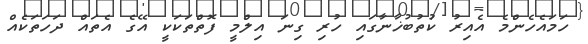
ހަމައެހެންމެ އެއިރު ކުތުބުޚާނާގައި ހުރި ގިނަ އިލްމީ ފޮތްތަކަކީ އޭގެ އެތައް ދަހަތަކެއް